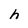
Character: h